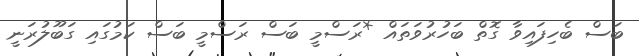
ބަސް ބެހިފައިވާ ގޮތް ބަހުރުވަތައް *ރަސްމީ ބަސް ރަސްމީ ބަސް ކަމުގައި ގަބޫލުރަނީ